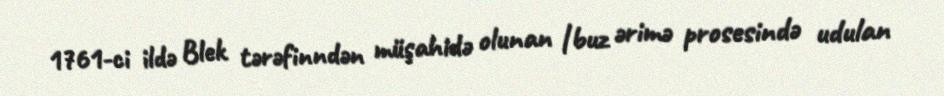
1761-ci ildə Blek tərəfinndən müşahidə olunan |buz ərimə prosesində udulan